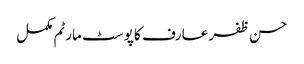
حسن ظفر عارف کا پوسٹ مارٹم مکمل